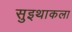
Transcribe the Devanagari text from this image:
सुइथाकला